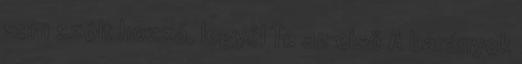
sem szólt hozzá, legyél Te az első A bárányok